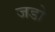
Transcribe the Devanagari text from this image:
जडो